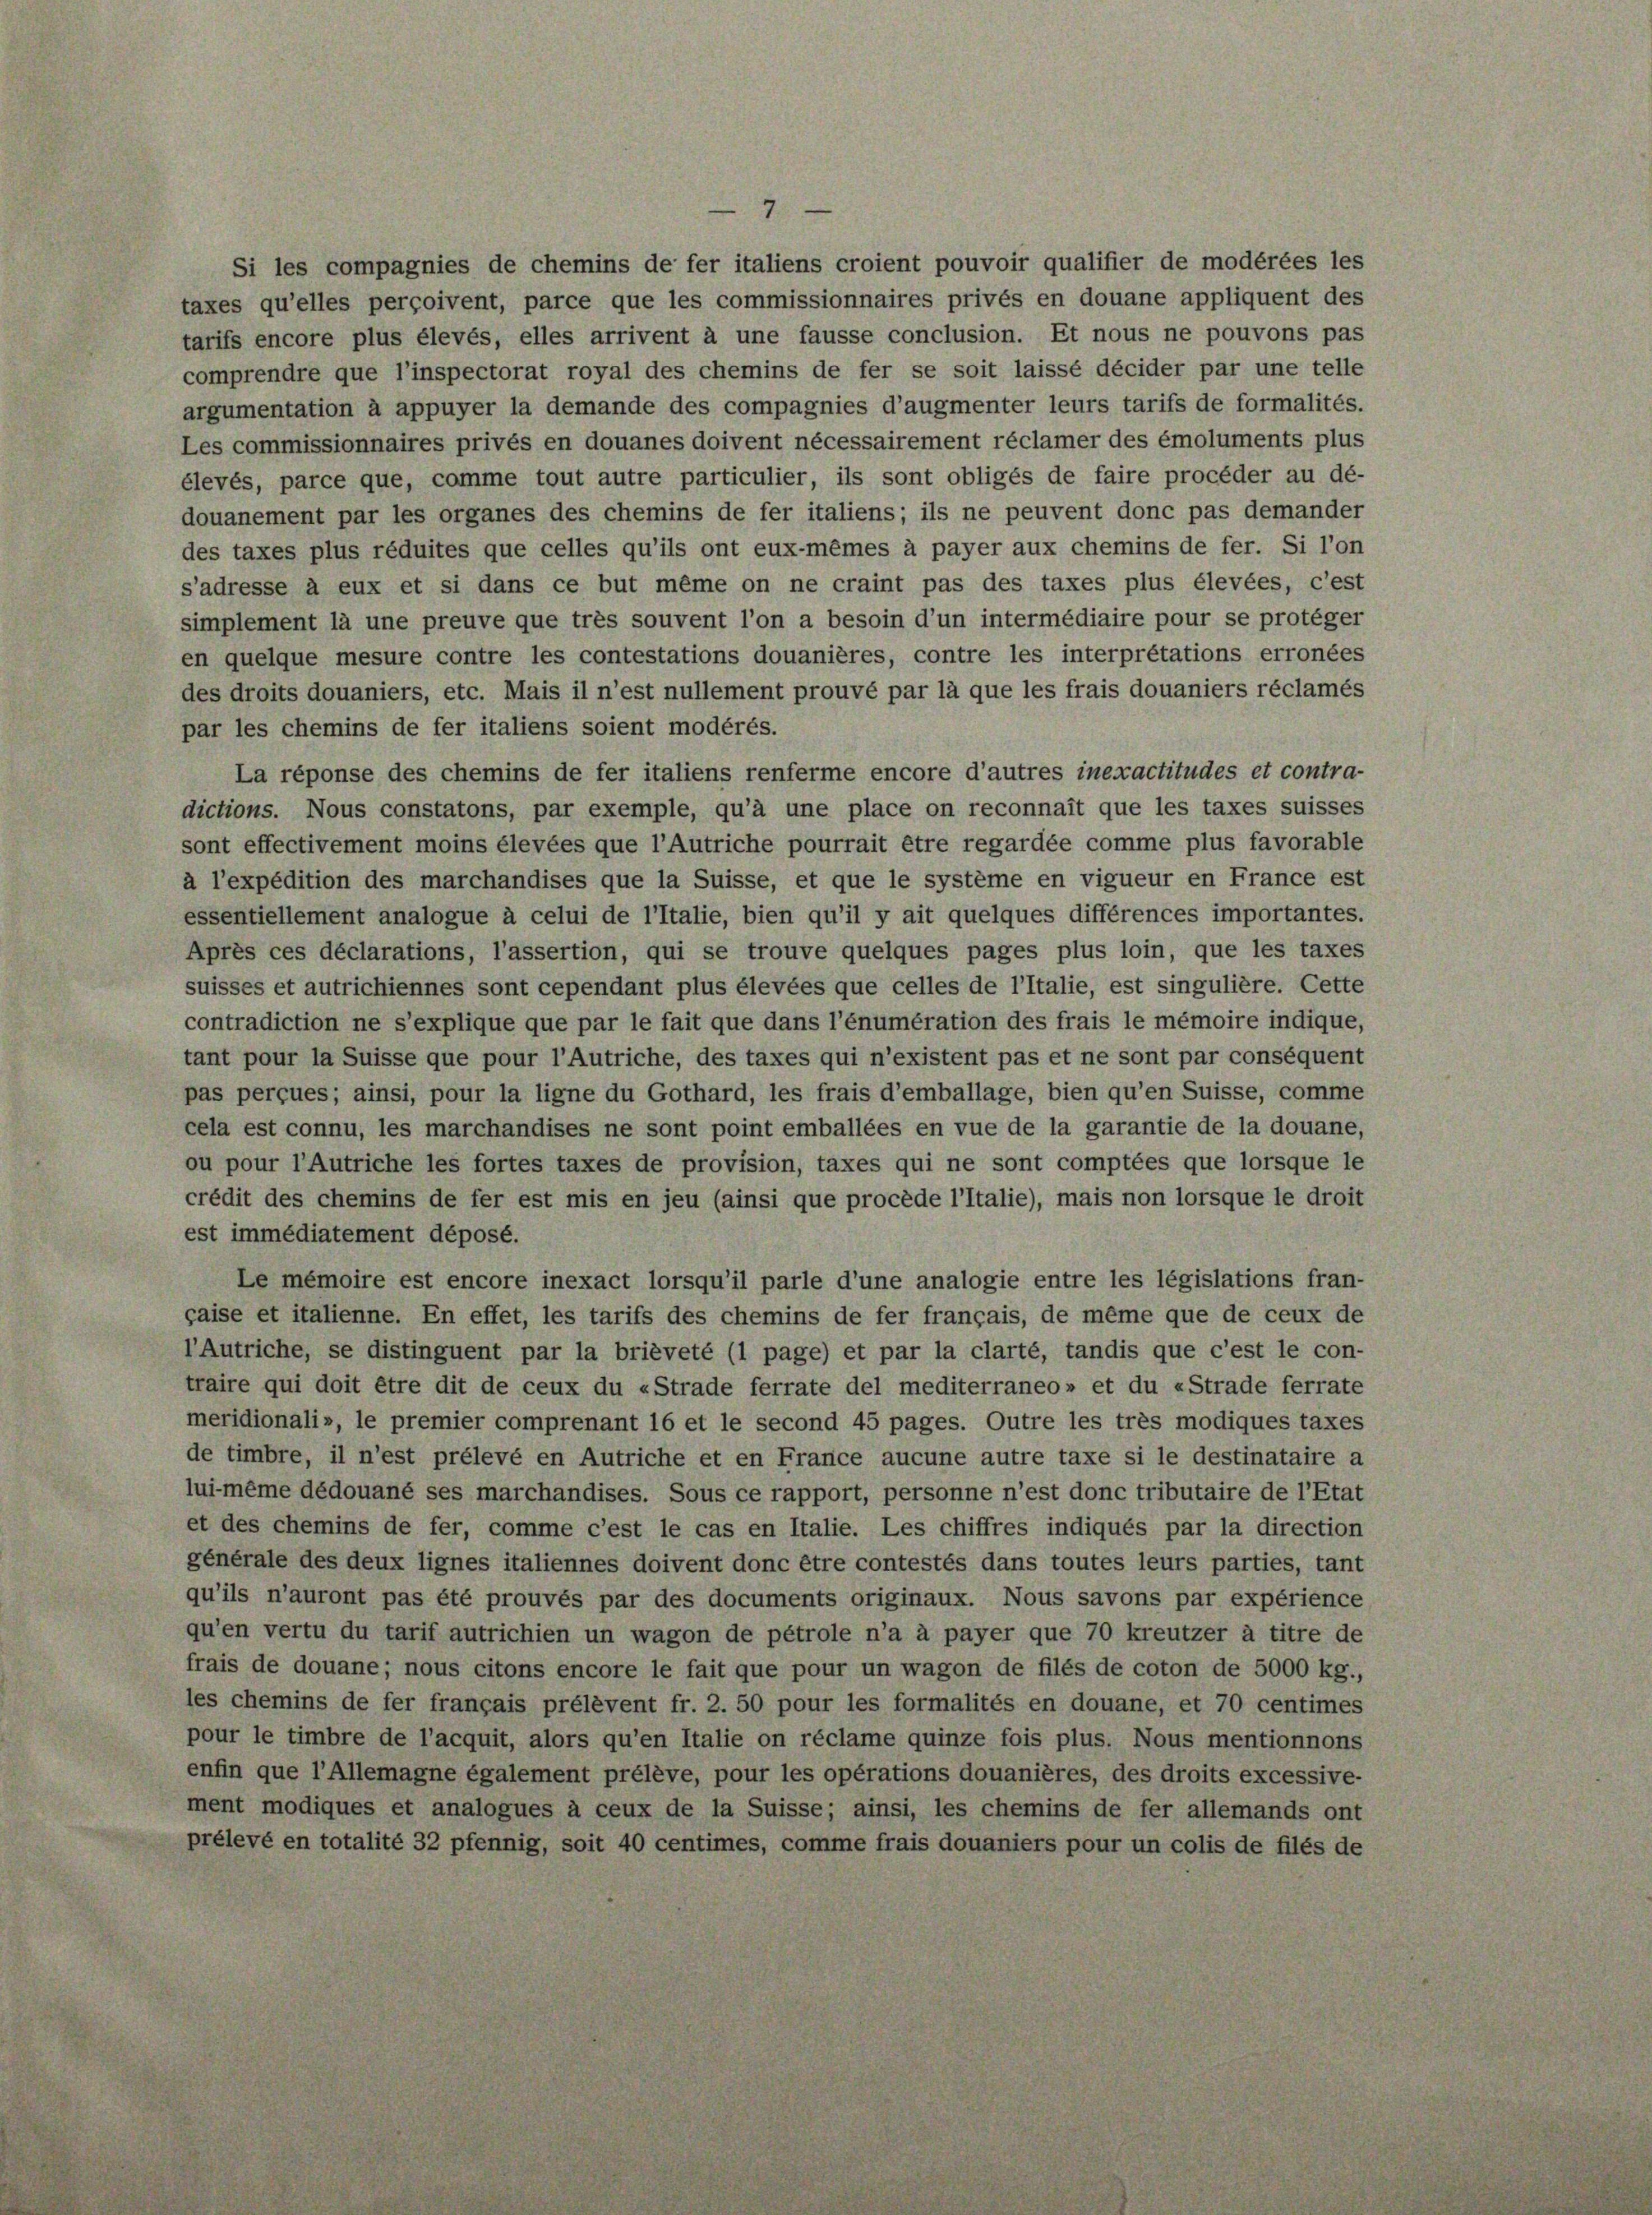
Si les compagnies de chemins de fer italiens croient pouvoir qualifier de modérées les
taxes qu’elles perçoivent, parce que les commissionnaires privés en douane appliquent des
tarifs encore plus élevés, elles arrivent à une fausse conclusion. Et nous ne pouvons pas
comprendre que l’inspectorat royal des chemins de fer se soit laissé décider par une telle
argumentation à appuyer la demande des compagnies d’augmenter leurs tarifs de formalités.
Les commissionnaires privés en douanes doivent nécessairement réclamer des émoluments plus
élevés, parce que, comme tout autre particulier, ils sont obligés de faire procéder au dé-
douanement par les organes des chemins de fer italiens; ils ne peuvent donc pas demander
des taxes plus réduites que celles qu’ils ont eux-mêmes à payer aux chemins de fer. Si l’on
s’adresse à eux et si dans ce but même on ne craint pas des taxes plus élevées, c’est
simplement là une preuve que très souvent l’on a besoin d’un intermédiaire pour se protéger
en quelque mesure contre les contestations douanières, contre les interpretations erronées
des droits douaniers, etc. Mais il n’est nullement prouvé par là que les frais douaniers réclamés
par les chemins de fer italiens soient modérés.
La réponse des chemins de fer italiens renferme encore d’autres inexactitudes et contra-
dictions. Nous constatons, par exemple, qu’à une place on reconnait que les taxes suisses
sont effectivement moins élevées que l’Autriche pourrait être regardée comme plus favorable
à l’expédition des marchandises que la Suisse, et que le système en vigueur en France est
essentiellement analogue à celui de l’Italie, bien qu’il y ait quelques différences importantes.
Après ces déclarations, l’assertion, qui se trouve quelques pages plus loin, que les taxes
suisses et autrichiennes sont cependant plus élevées que celles de l’Italie, est singulière. Cette
contradiction ne s’explique que par le fait que dans l’énumération des frais le mémoire indique,
tant pour la Suisse que pour l’Autriche, des taxes qui n’existent pas et ne sont par conséquent
pas perçues; ainsi, pour la ligne du Gothard, les frais d’emballage, bien qu’en Suisse, comme
cela est connu, les marchandises ne sont point emballées en vue de la garantie de la douane,
ou pour l’Autriche les fortes taxes de provision, taxes qui ne sont comptées que lorsque le
crédit des chemins de fer est mis en jeu (ainsi que procède l’Italie), mais non lorsque le droit
est immédiatement déposé.
Le mémoire est encore inexact lorsqu’il parle d’une analogie entre les législations fran-
gaise et italienne. En effet, les tarifs des chemins de fer français, de même que de ceux de
l’Autriche, se distinguent par la brièveté (l page) et par la clarté, tandis que c’est le con-
traire qui doit être dit de ceux du «Strade ferrate del mediterraneo» et du «Strade ferrate
meridionali», le premier comprenant 16 et le second 45 pages. Outre les très modiques taxes
de timbre, il n’est prélevé en Autriche et en France aucune autre taxe si le destinataire a
lui-même dédouané ses marchandises. Sous ce rapport, personne n’est donc tributaire de l’Etat
et des chemins de fer, comme c’est le cas en Italie. Les chiffres indiqués par la direction
générale des deux lignes italiennes doivent donc être contestés dans toutes leurs parties, tant
qu’ils n’auront pas été prouvés par des documents originaux. Nous savons par expérience
qu’en vertu du tarif autrichien un wagon de pétrole n’a à payer que 70 kreutzer à titre de
frais de douane; nous citons encore le fait que pour un wagon de filés de coton de 5000 kg.,
les chemins de fer français prélèvent fr. 2. 50 pour les formalités en douane, et 70 centimes
pour le timbre de l’acquit, alors qu’en Italie on réclame quinze fois plus. Nous mentionnons
enfin que l’Allemagne également prélève, pour les opérations douanières, des droits excessive-
ment modiques et analogues à ceux de la Suisse; ainsi, les chemins de fer allemands ont
prélevé en totalité 32 pfennig, soit 40 centimes, comme frais douaniers pour un colis de filés de

9